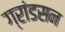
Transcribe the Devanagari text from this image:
ग्रांडसन